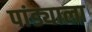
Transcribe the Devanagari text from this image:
पांड्याला